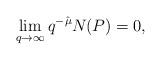
LaTeX: \begin{align*}\lim_{q\to\infty} q^{-\hat \mu}N_{}(P)=0,\end{align*}